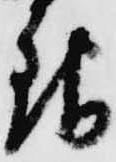
銀